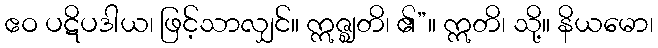
ဧဝ ပဋိပဒါယ၊ ဖြင့်သာလျှင်။ ဣဇ္ဈတိ၊ ၏”။ ဣတိ၊ သို့။ နိယမော၊